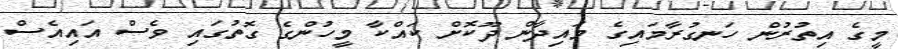
މީގެ އިތުރުން ހަނގުރާމައިގެ މައިދާން ދޫކޮށް ކައްކާ މީހުންގެ ގޮތުގައި ވެސް އައިއެސް